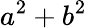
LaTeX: a^{2}+b^{2}